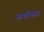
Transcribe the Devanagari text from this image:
स्म्फय्सिस